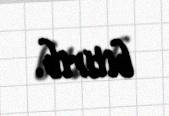
bitirib.